Report of the Municipal Commissioner on the plague in Bombay for the year ending 31st May... - Volume 3
Disease focus: Plague
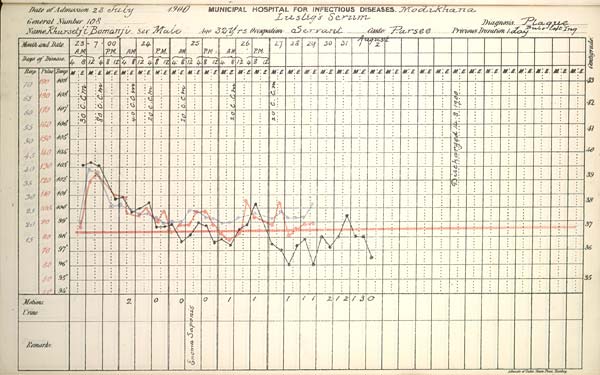
Date
of
Admission
1900
MUNICIPAL HOSPITAL FOR
INFECTIOUS
DISEASES.
General
Number
Diagnosis
Name
Sex
Age
Occupation
Caste
Previous
Duration